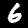
Label: 6